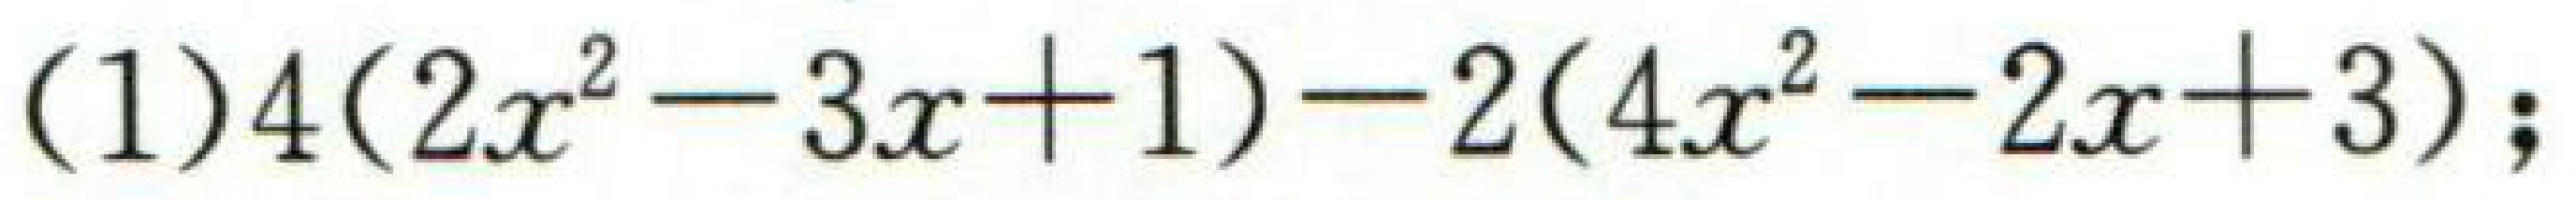
(1)\(4(2x^{2}-3x + 1)-2(4x^{2}-2x + 3)\);